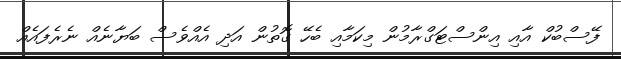
ފޭސްބުކް އާއި އިންސްޓަގްރާމުން މިކަމާއި ބެހޭ ގޮތުން އަދި އެއްވެސް ބަޔާނެއް ނެރެފައެއް